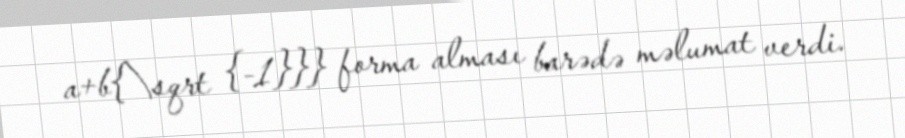
a+b{\sqrt {-1}}} forma alması barədə məlumat verdi.